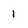
Character: 1